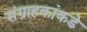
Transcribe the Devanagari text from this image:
संग्राहकांकडे